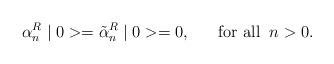
LaTeX: \begin{align*}\alpha^R_n\mid 0>=\tilde{\alpha}^R_n\mid 0>=0,\;\;\;\;\;\;\mbox{for all}\;\;n>0.\end{align*}